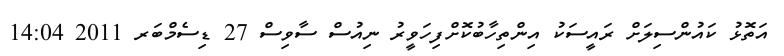
އަތޮޅު ކައުންސިލަށް ރައީސަކު އިންތިހާބުކޮށްފިހަވީރު ނިއުސް ސާވިސް 27 ޑިސެމްބަރ 2011 14:04